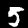
Digit: 5